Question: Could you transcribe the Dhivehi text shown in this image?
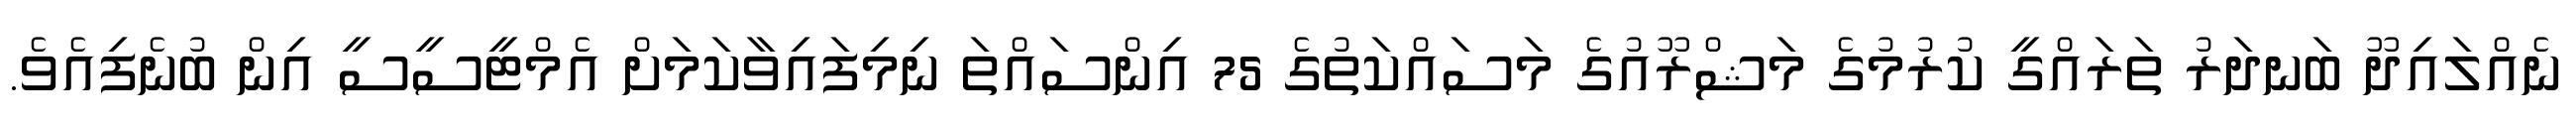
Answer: ނެއްލައިދޫ ބަނދަރު ތަރައްގީ ކުރުމުގެ މަޝްރޫއުގެ މަސައްކަތުގެ 75 އިންސައްތަ ނިމިފައިވާކަމަށް އެމްޓީސީސީ އިން ބުނެފިއެވެ.